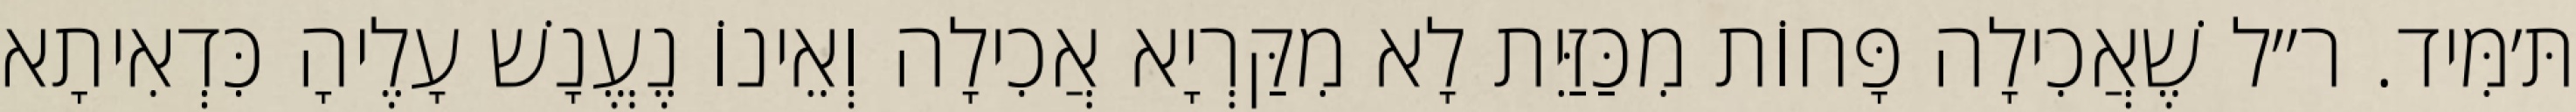
תּ׳מִּיד. ר״ל שֶׁאֲכִילָה פָּחוֹת מִכַּזַּיִת לָא מִקַּרְיָא אֲכִילָה וְאֵינוֹ נֶעֱנָשׁ עָלֶיהָ כִּדְאִיתָא